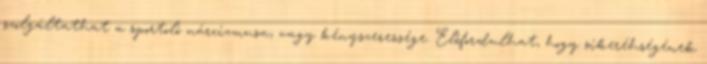
szolgáltathat a sportoló nárcizmusa, vagy kényszeressége. Előfordulhat, hogy sikeréhségének